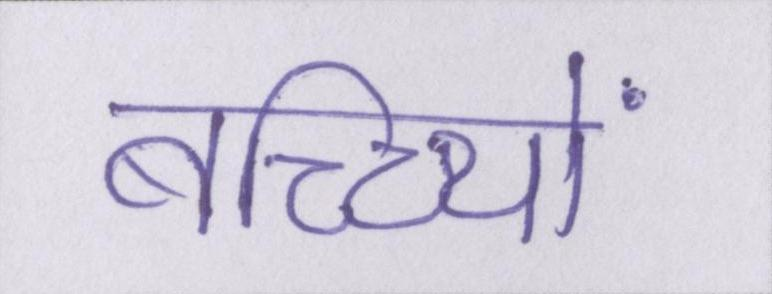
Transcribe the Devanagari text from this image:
बच्च्यिों